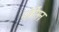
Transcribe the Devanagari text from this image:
मोर्रिसन